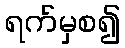
ရက်မှစ၍